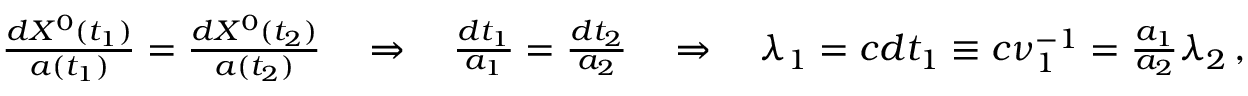
\begin{array} { r } { \frac { d X ^ { 0 } ( t _ { 1 } ) } { a ( t _ { 1 } ) } = \frac { d X ^ { 0 } ( t _ { 2 } ) } { a ( t _ { 2 } ) } \quad \Rightarrow \quad \frac { d t _ { 1 } } { a _ { 1 } } = \frac { d t _ { 2 } } { a _ { 2 } } \quad \Rightarrow \quad \lambda _ { 1 } = c d t _ { 1 } \equiv c \nu _ { 1 } ^ { - 1 } = \frac { a _ { 1 } } { a _ { 2 } } \lambda _ { 2 } \, , } \end{array}